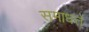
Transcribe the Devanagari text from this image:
समाधत्ते